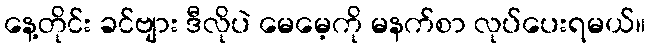
နေ့တိုင်း ခင်ဗျား ဒီလိုပဲ မေမေ့ကို မနက်စာ လုပ်ပေးရမယ်။